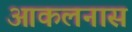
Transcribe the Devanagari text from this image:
आकलनास